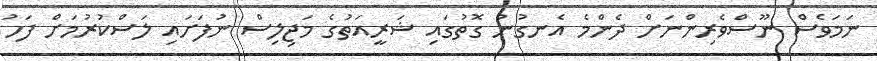
ނަމަވެސް ނޫސްވެރިންނަށް ދެންމެ އެނގުނު ގޮތުގައި ޝަރީއަތުގެ މަޖިލިސް ނުފަށައި ލަސްކުރުމަށް ފަހު